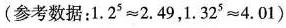
(参考数据：$$1 . 2 ^ { 5 } ≈ 2 . 4 9$$，$$1 . 3 2 ^ { 5 } ≈ 4 . 0 1$$)